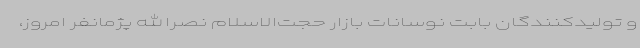
و تولیدکنندگان بابت نوسانات بازار حجت‌الاسلام نصرالله پژمانفر امروز،